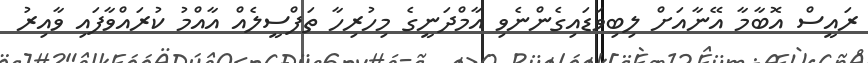
ރައީސް އޮބާމާ އޭނާއަށް ލިބިވަޑައިގެންނެވި އާމްދަނީގެ މިހުރިހާ ތަފްސީލެއް އާއްމު ކުރައްވާފައި ވާއިރު